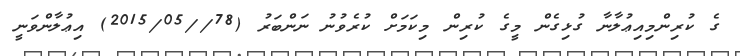
ގެ ކުރިންމިއިޢުލާނާ ގުޅިގެން މީގެ ކުރިން މިކަމަށް ކުރެވުނު ނަންބަރު (78//2015/05) އިޢުލާންވަނީ